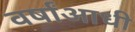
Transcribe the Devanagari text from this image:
वर्षांआधी